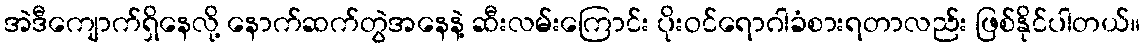
အဲဒီကျောက်ရှိနေလို့ နောက်ဆက်တွဲအနေနဲ့ ဆီးလမ်းကြောင်း ပိုးဝင်ရောဂါခံစားရတာလည်း ဖြစ်နိုင်ပါတယ်။